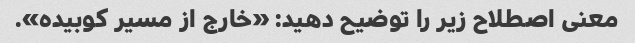
معنی اصطلاح زیر را توضیح دهید: «خارج از مسیر کوبیده».